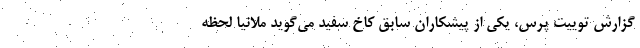
گزارش توییت پرس، یکی از پیشکاران سابق کاخ سفید می‌گوید ملانیا لحظه